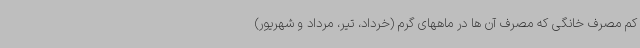
کم مصرف خانگی که مصرف آن ها در ماههای گرم (خرداد، تیر، مرداد و شهریور)